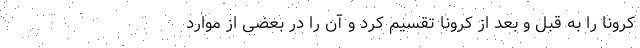
کرونا را به قبل و بعد از کرونا تقسیم کرد و آن را در بعضی از موارد